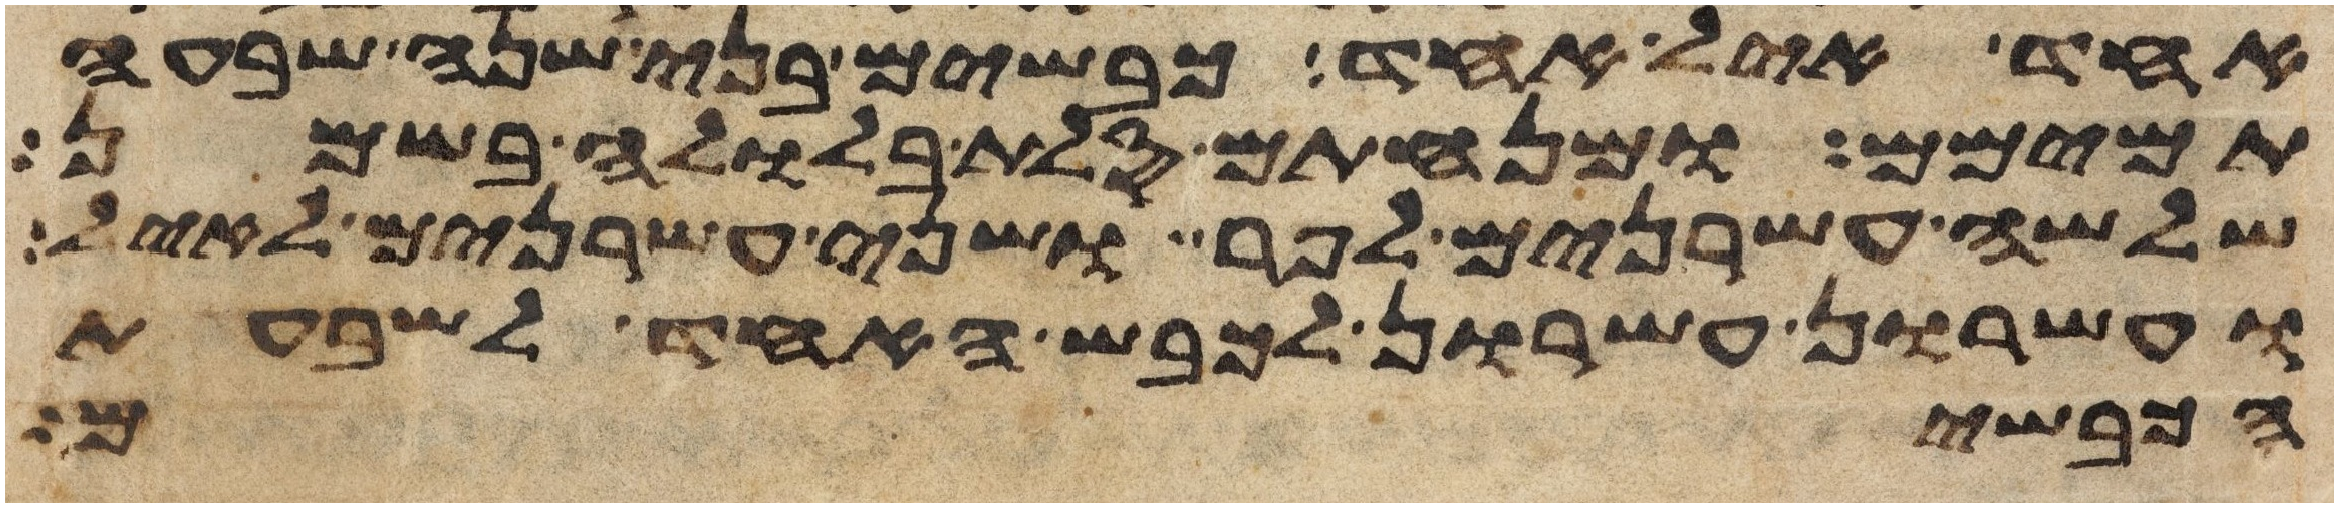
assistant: אחד איל אחד כבשים בני שנה שבעה
תמימם ומנחתם סלת בלולה בשמן
שלשה עשרנים לפר ושני עשרנים לאיל
ועשרון עשרון לכבש האחד לשבעת
הכבשים